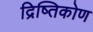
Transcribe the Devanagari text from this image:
द्रिष्तिकोण